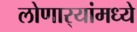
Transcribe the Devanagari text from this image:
लोणार्‍यांमध्ये